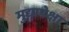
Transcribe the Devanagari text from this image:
मुद्यापेक्षा